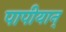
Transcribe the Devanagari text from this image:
पापीयान्‌